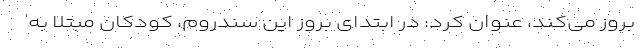
بروز می‌کند، عنوان کرد: در ابتدای بروز این سندروم، کودکان مبتلا به